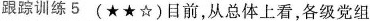
跟踪训练5(★★☆)目前，从总体上看，各级党组